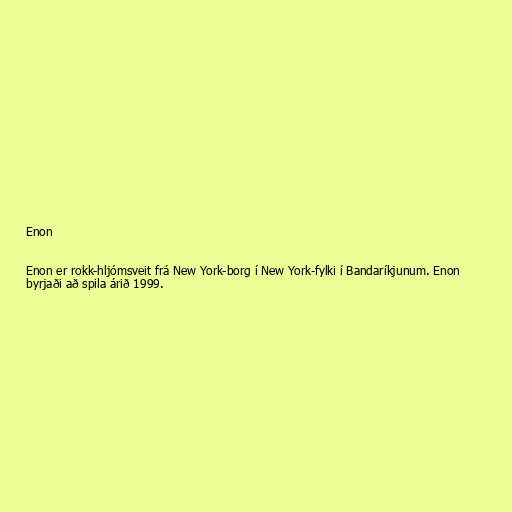
Enon

Enon er rokk-hljómsveit frá New York-borg í New York-fylki í Bandaríkjunum. Enon
byrjaði að spila árið 1999.